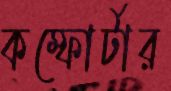
কম্ফোর্টার